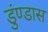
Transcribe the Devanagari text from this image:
डुंण्डास